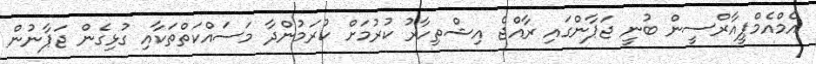
އެމްއެމްޕީއާރްސީން ބުނީ ޖަޕާންގައި ރާއްޖެ އިޝްތިހާރު ކުރުމަށް ކުރަމުންދާ މަސައްކަތްތަކާއި ގުޅިގެން ޖަޕާނުން